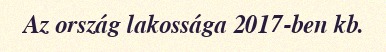
Az ország lakossága 2017-ben kb.